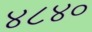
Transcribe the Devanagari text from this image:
४८४०